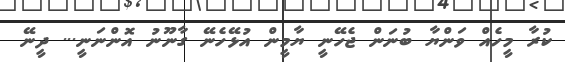
ކުރާ މީހެއް ވަންޔާ ބުނަން ޖެހޭނީ ޔާމީން އުޅޭހެނޭ ގާނޫނު އޮންނަނީ... ދީނޭ